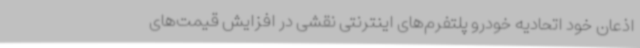
اذعان خود اتحادیه خودرو پلتفرم‌های اینترنتی نقشی در افزایش قیمت‌های